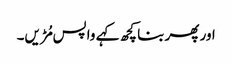
اور پھر بنا کچھ کہے واپس مُڑیں۔